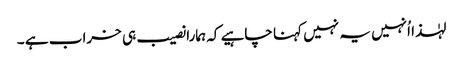
لہٰذا اُنہیں یہ نہیں کہنا چاہیے کہ ہمارا نصیب ہی خراب ہے ۔